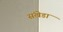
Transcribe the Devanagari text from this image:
संखेडा